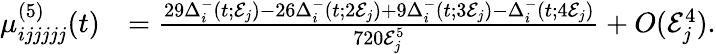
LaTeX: \begin{array}{rl}{\mu_{ijjjjj}^{(5)}(t)}&{=\frac{29\Delta_{i}^{-}(t;\mathcal{E}_{j})-26\Delta_{i}^{-}(t;2\mathcal{E}_{j})+9\Delta_{i}^{-}(t;3\mathcal{E}_{j})-\Delta_{i}^{-}(t;4\mathcal{E}_{j})}{720\mathcal{E}_{j}^{5}}+O(\mathcal{E}_{j}^{4}).}\end{array}